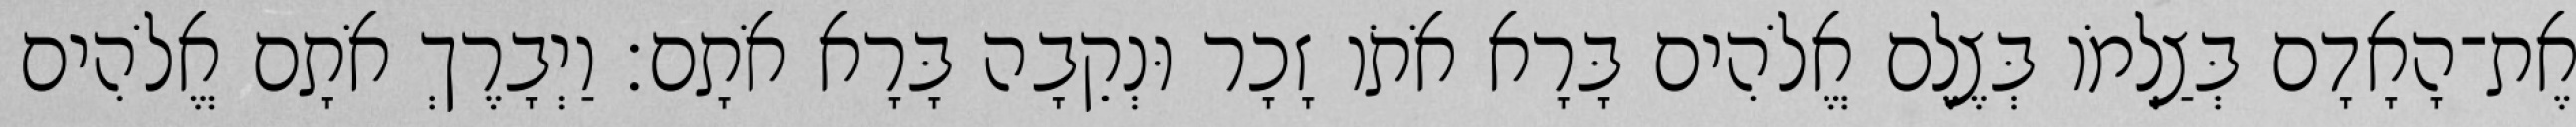
אֶת־הָאָדָם בְּצַלְמֹו בְּצֶלֶם אֱלֹהִים בָּרָא אֹתֹו זָכָר וּנְקֵבָה בָּרָא אֹתָם׃ וַיְבָרֶךְ אֹתָם אֱלֹהִים